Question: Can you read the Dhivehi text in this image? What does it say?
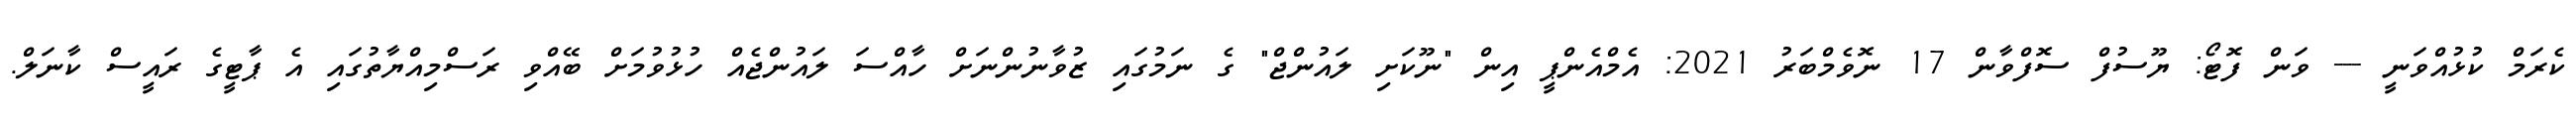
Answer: ކެރަމް ކުޅުއްވަނީ --- ވަން ފޮޓޯ: ޔޫސުފް ސޮފްވާން 17 ނޮވެމްބަރު 2021: އެމްއެންޕީ އިން "ނޫކަށި ލައުންޖް" ގެ ނަމުގައި ޒުވާނުންނަށް ހާއްސަ ލައުންޖެއް ހުޅުވުމަށް ބޭއްވި ރަސްމިއްޔާތުގައި އެ ޕާޓީގެ ރައީސް ކާނަލް.